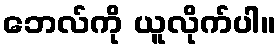
ဘေလ်ကို ယူလိုက်ပါ။